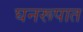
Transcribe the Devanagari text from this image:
घनरूपात